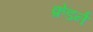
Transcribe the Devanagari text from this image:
क्रेडर्न